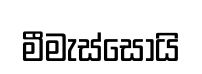
මීමැස්සොයි